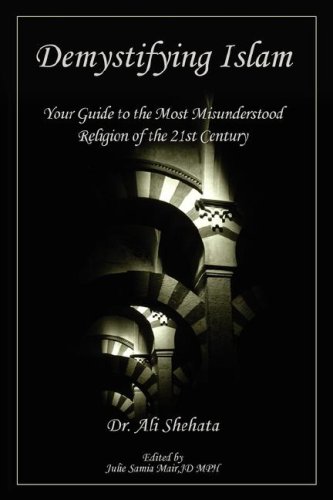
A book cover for Demystifying Islam: Your Guide to the Most Misunderstood Religion of the 21st Century; Ali Shehata; Religion & Spirituality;